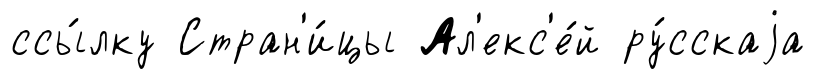
ссы́лку Стран'и́цы Ал'екс'е́й ру́сскаjа